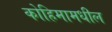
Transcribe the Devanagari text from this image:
कोहिमामधील